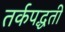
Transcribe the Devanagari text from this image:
तर्कपद्धती